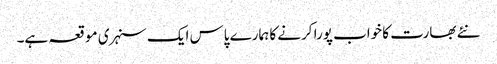
نئے بھارت کا خواب پورا کرنے کا ہمارے پاس ایک سنہری موقعہ ہے۔